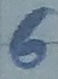
Text: 6